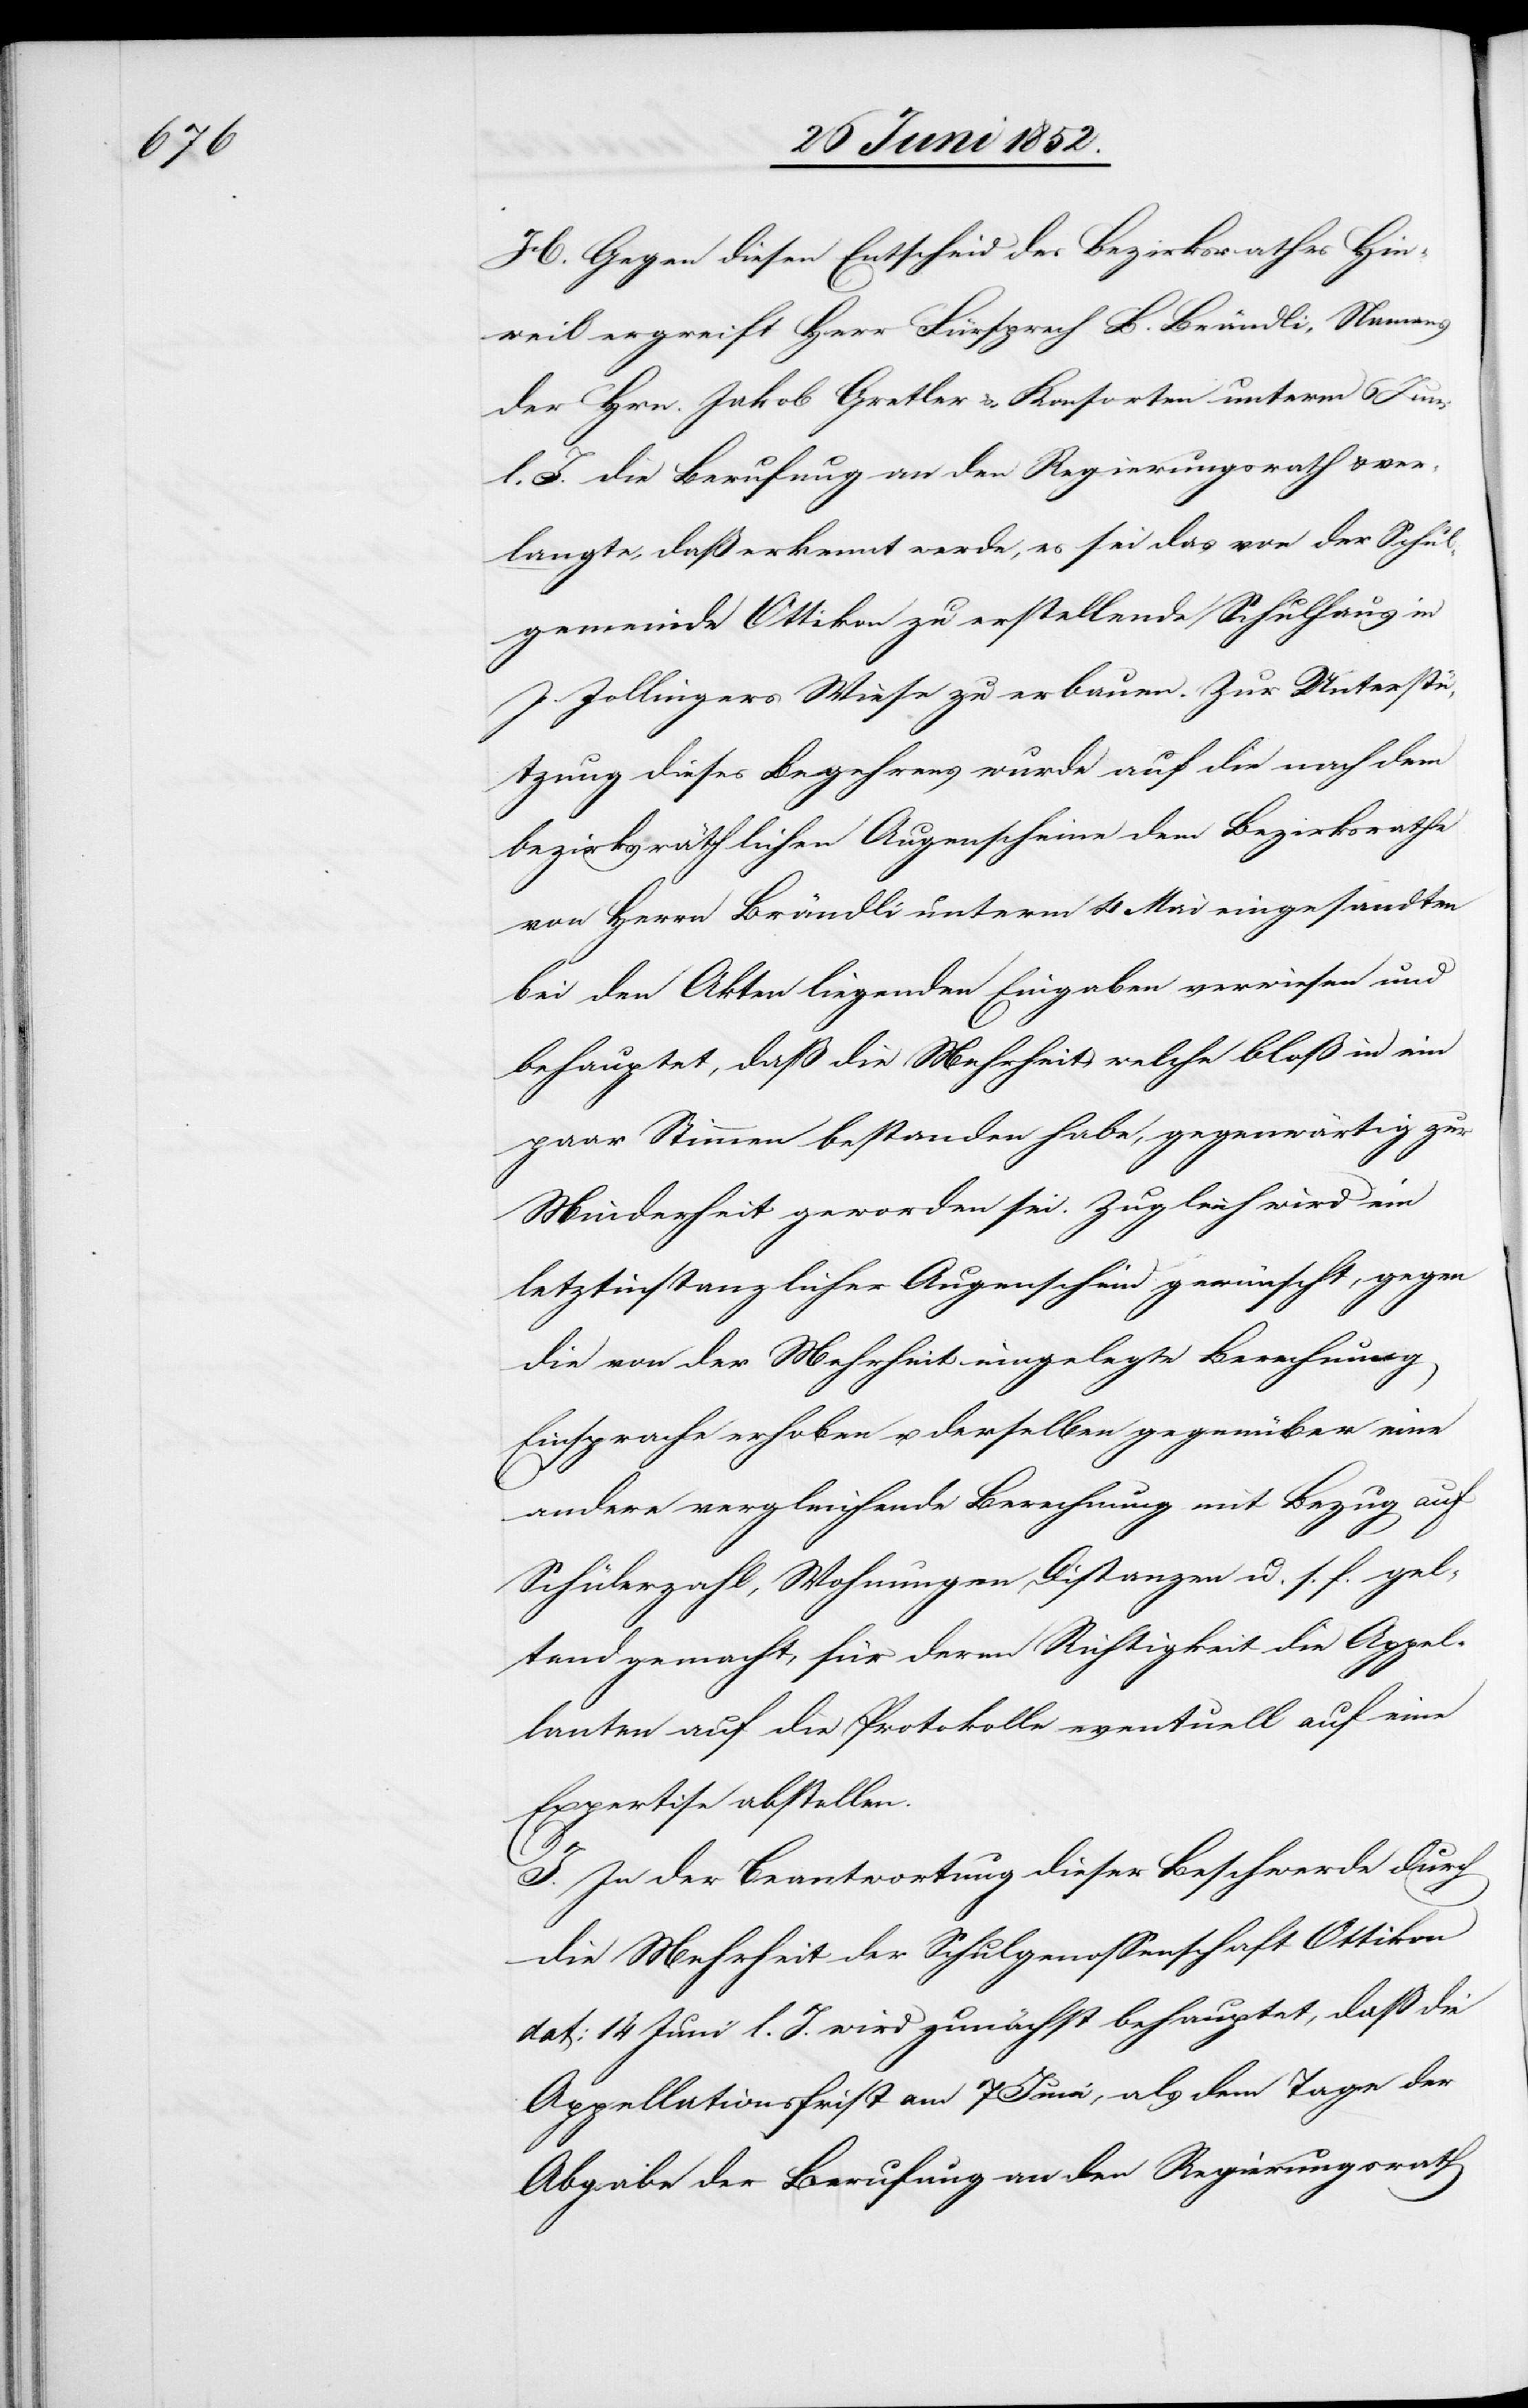
H. Gegen diesen Entscheid des Bezirksrathes Hin¬
weil ergreift Herr Fürsprech B. Brändli, Namens
der Hrn. Jakob Gretler & Konsorten unterm 6 Juni
l. J. die Berufung an den Regierungsrath & ver¬
langte, daß erkennt werde, es sei das von der Schul¬
gemeinde Ottikon zu erstellende Schulhaus in
J. Zollingers Wiese zu erbauen. Zur Unterstü¬
tzung dieses Begehrens wurde auf die nach dem
bezirksräthlichen Augenscheine dem Bezirksrathe
von Herrn Brändli unterm 4 Mai eingesandten
bei den Akten liegenden Eingaben verwiesen und
behauptet, daß die Mehrheit, welche bloß in ein
paar Stimmen bestanden habe, gegenwärtig zur
Minderheit geworden sei. Zugleich wird ein
letztinstanzlicher Augenschein gewünscht, gegen
die von der Mehrheit eingelegte Berechnung
Einsprache erhoben u. derselben gegenüber eine
andere vergleichende Berechnung mit Bezug auf
Schülerzahl, Wohnungen, Distanzen u. s. f. gel¬
tend gemacht, für deren Richtigkeit die Appel¬
lanten auf die Protokolle eventuell auf eine
Expertise abstellen.
I. In der Beantwortung dieser Beschwerde durch
die Mehrheit der Schulgenossenschaft Ottikon
dat: 14 Juni l. J. wird zunächst behauptet, daß die
Appellationsfrist am 7 Juni, als dem Tage der
Abgabe der Berufung an den Regierungsrath